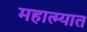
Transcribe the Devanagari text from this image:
महात्म्यात